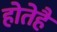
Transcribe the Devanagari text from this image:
होतेहै